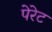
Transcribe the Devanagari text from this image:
पेरेट